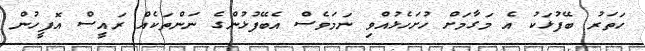
ހަތަރު ބޭފުޅަކު އެ މަގާމަށް ހުށަހެޅުއްވި ނަމަވެސް އެބޭފުޅުންގެ ނަންތަކެއް ރައީސް އޮފީހުން